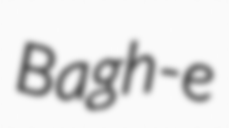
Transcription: Bagh-e